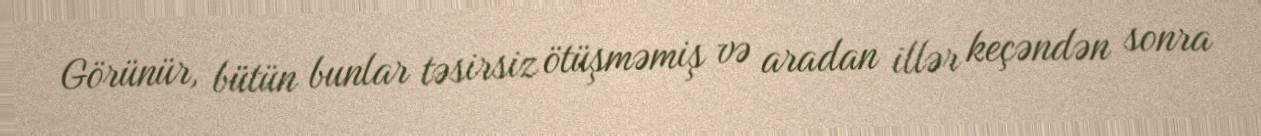
Görünür, bütün bunlar təsirsiz ötüşməmiş və aradan illər keçəndən sonra